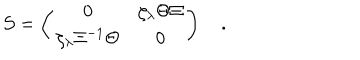
{ \cal S } = \left( \begin{matrix} { { 0 } } & { { \zeta _ { \lambda } \Theta \Xi } } \\ { { \zeta _ { \lambda } \Xi ^ { - 1 } \Theta } } & { { 0 } } \\ \end{matrix} \right) \quad .